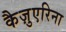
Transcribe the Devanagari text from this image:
कैज़ुएरिना